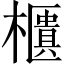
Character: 櫃